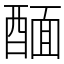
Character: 䤄